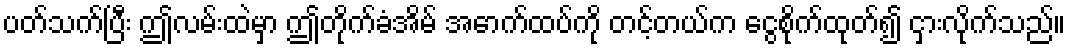
ပတ်သက်ပြီး ဤလမ်းထဲမှာ ဤတိုက်ခံအိမ် အောက်ထပ်ကို တင့်တယ်က ငွေစိုက်ထုတ်၍ ငှားလိုက်သည်။